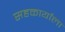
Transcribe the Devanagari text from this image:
सहकार्याला